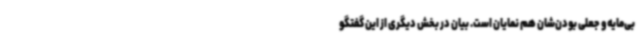
بی‌مایه و جعلی بودن‌شان هم نمایان است. بیان در بخش دیگری از این گفتگو